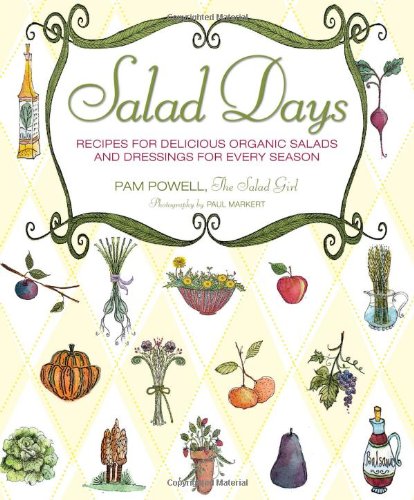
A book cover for Salad Days: Recipes for Delicious Organic Salads and Dressings for Every Season; Pam Powell; Cookbooks, Food & Wine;